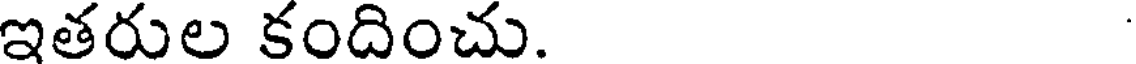
ఇతరుల కందించు.